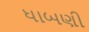
ધાબણી